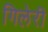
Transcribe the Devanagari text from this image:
गिलेरी